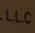
l.l.c